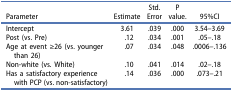
| Parameter | Estimate | Std. Error | P value. | 95%CI |
 | --- | --- | --- | --- | --- |
 | Intercept | 3.61 | .039 | .000 | 3.54–3.69 |
 | Post (vs. Pre) | .12 | .034 | .001 | .05–.18 |
 | Age at event ≥26 (vs. younger than 26) | .07 | .034 | .048 | .0006–.136 |
 | Non-white (vs. White) | .10 | .041 | .014 | .02–.18 |
 | Has a satisfactory experience with PCP (vs. non-satisfactory) | .14 | .036 | .000 | .073–.21 |